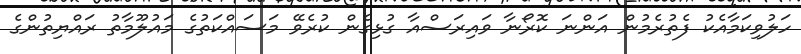
ހަލުވިކަމާއެކު ފެތުރެމުން އަންނަ ކޮރޯނާ ވައިރަސްއާ ގުޅިގެން ކުރެވޭ މަސައްކަތުގެ މައުލޫމާތު ރައްޔިތުންގެ